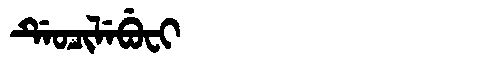
Manchu: ᡩᡝᠣᠴᡳᠯᡝᠪᡠᠸᡳ
Romanization: DEOCILEBUFI